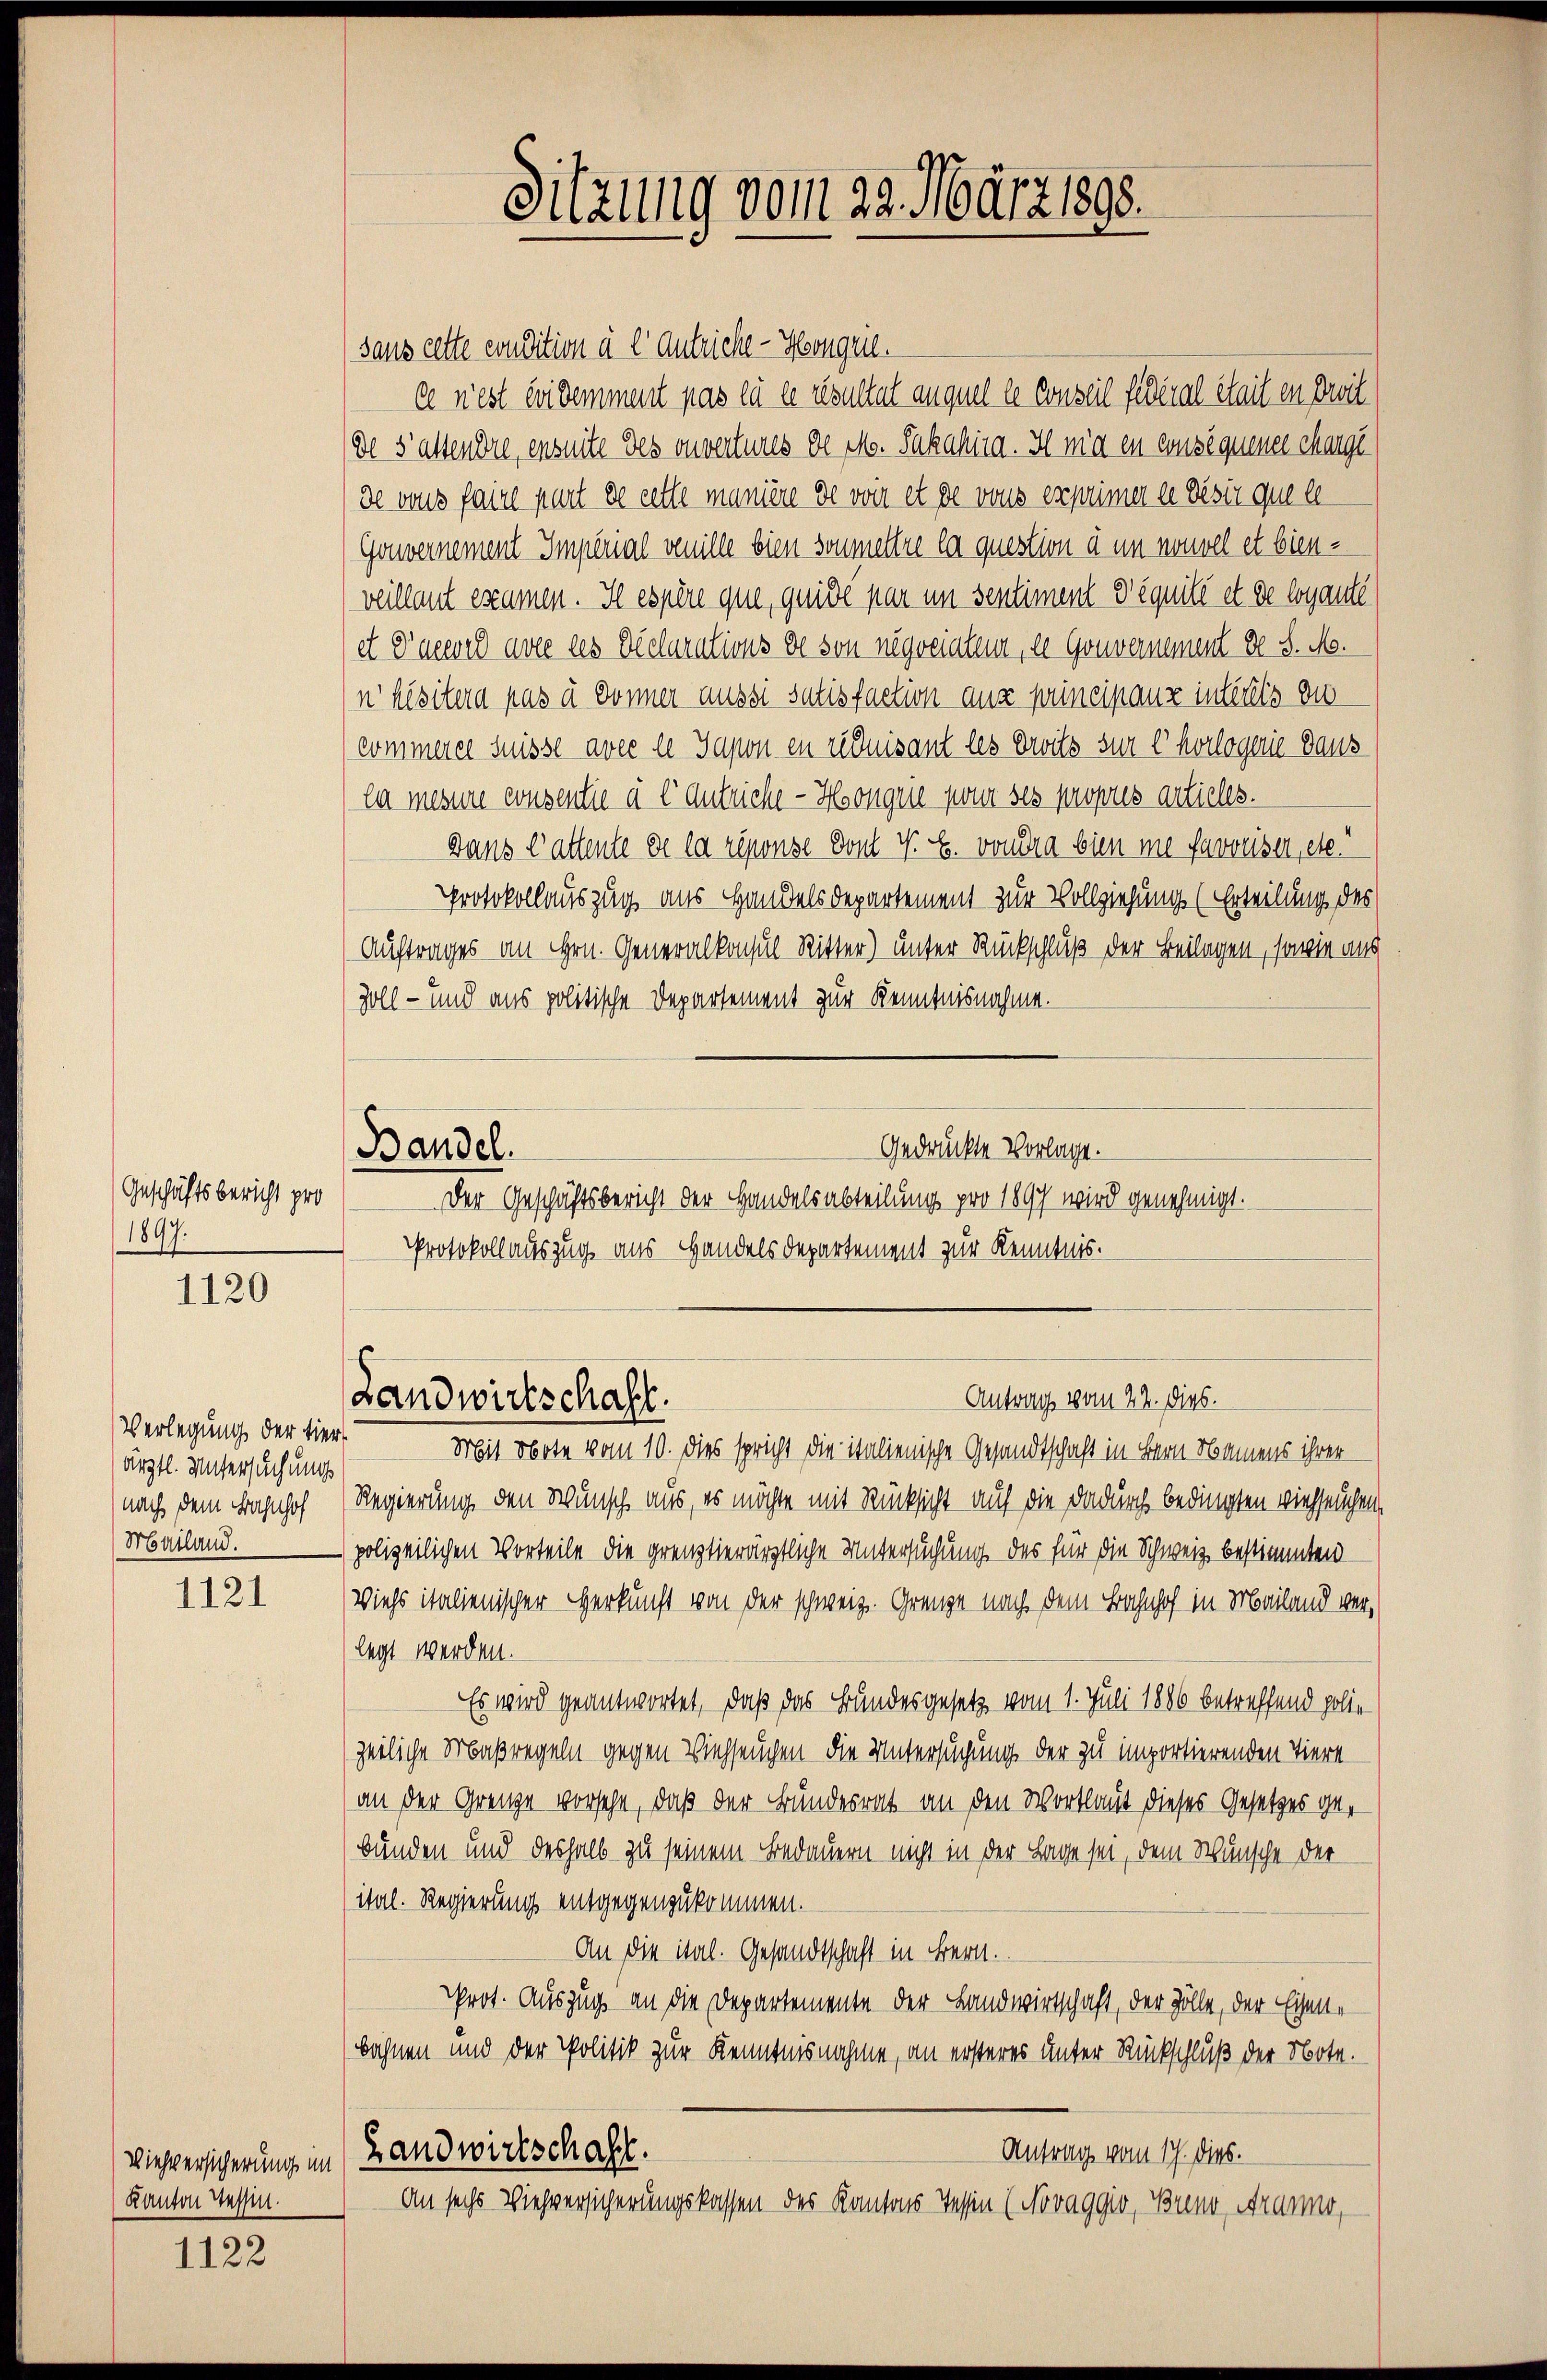
1120

1121

1122

Geschäftsbericht pro
1897.

Verlegung der tier
ärztl. Untersuchung
nach dem Bahnhof
Mailand.

Kanton Tessin.

Sitzung vom 29. März 1898.

sans cette condition à l Antricke- Horgene.
ce nest évidemment pas le ce resultat auquel le Conseil fédéral était en droit
dl. Sattendre, ensuite des ouvertures de M. Pakalina. Ima en consequener charge
de vons faire part de cette manière de von et de vous exprimer ee desir que le
Gouvernement Imperial veuille bien soumettre la question à un nouvel et bienveillant examen. Il espère que, quide par im Sentiment d’équité et de logante
et Parend avec des Declarations de son negociateur, de Gouvernement d S. M.
nhisitera pas à donner aussi satisfaction aus principauz interts du
commerer Suisse avec le Japon en reduisant les Drits sur l’horlogerie Daus
la mesure consentie à l’autriche - Hoonquie zwar ses propres artieles.
Dans Cattente de la réponse dont V. C. vondra bien ne savoiser, etc.
Protokollauszug aus Handelsdepartement zur Vollziehung (Erteilung des
Auftrages an Hrn. Generalkonsul Ritter) unter Rückschluß der Beilagen, sowie aus
Zoll- und aus politische Departement zur Kenntnisnahme.
Gedrückte Vorlage.
Bandel.
Der Geschäftsbericht der Handelsabteilung pro 1897 wird genehmigt.
Protokollauszug aus Handels Departement zur Kenntnis.

Antrag vom 22. dies.
Landwirtschaft.
Mit Note vom 10. dies spricht die italienische Gesandtschaft in Bern Namens ihrer

Regierung den Wunsch aus, es möchte mit Rücksicht auf die dadurch bedingten viehseuchen.
polizeilichen Vorteile die grenztierärztliche Untersuchung des für die Schweiz bestimmten
Viehs italienischer Herkunft von der schweiz. Grenze nach dem Bahnhof in Mailand verlegt werden.
Es wird geantwortet, daß das Bundesgesetz vom 1. Juli 1886 betreffend polie
zeiliche Maßregeln gegen Viehseuchen die Untersuchung der zu importierenden Tiere
an der Grenze vorsehe, daß der Bundesrat an den Wortlaut dieses Gesetzes gebunden und deshalb zu seinem Bedauern nicht in der Lage sei, dem Wunsche der
ital. Regierung entgegenzukommen.
An die ital. Gesandtschaft in Bern.
Prot. Auszug an die Departemente der Landwirtschaft, der Zölle, der Eisenbahnen und der Politik zur Kenntnisnahme, an ersteres unter Rückschluß der Note.
Antrag vom 17. dies.
Viehversicherung im Landwirtschaft.
An sechs Viehversicherungskassen des Kantons Tessin (Novaggio, Brend Aranno,